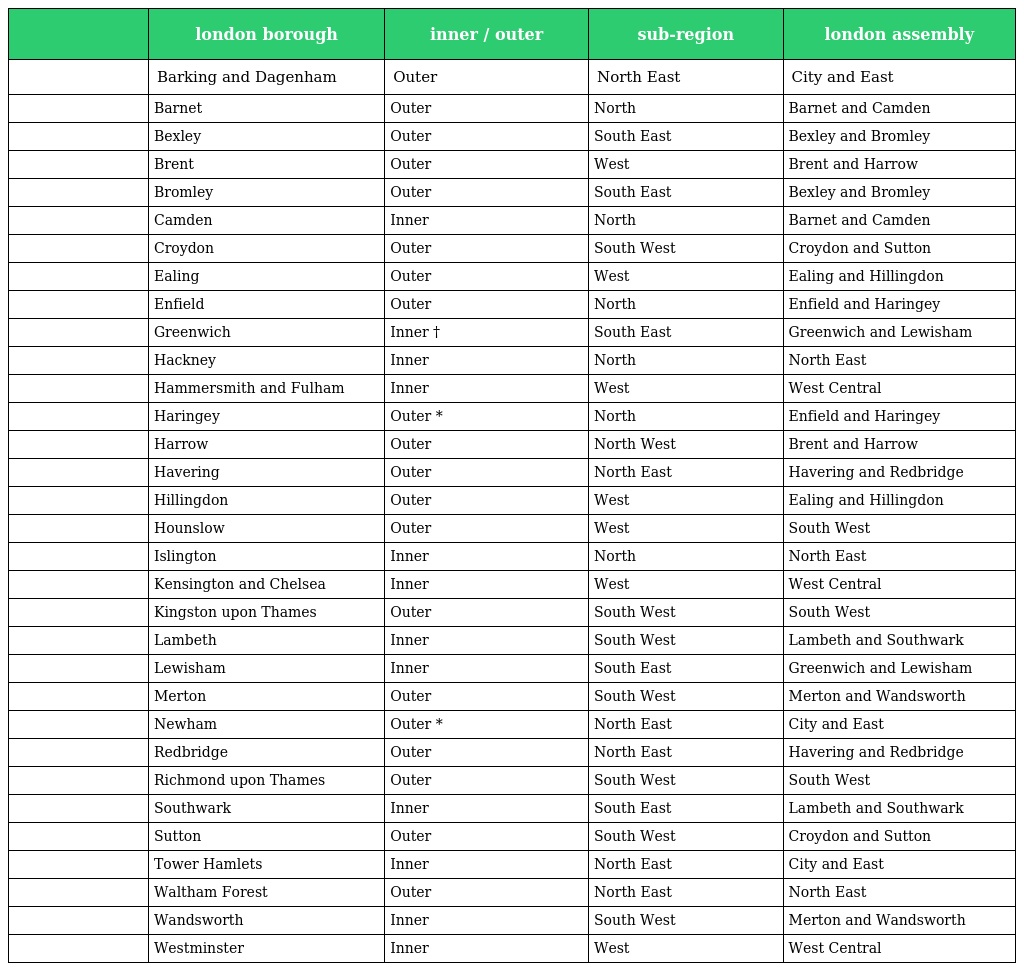
|  | london borough | inner / outer | sub-region | london assembly |
 | --- | --- | --- | --- | --- |
 |  | Barking and Dagenham | Outer | North East | City and East |
 |  | Barnet | Outer | North | Barnet and Camden |
 |  | Bexley | Outer | South East | Bexley and Bromley |
 |  | Brent | Outer | West | Brent and Harrow |
 |  | Bromley | Outer | South East | Bexley and Bromley |
 |  | Camden | Inner | North | Barnet and Camden |
 |  | Croydon | Outer | South West | Croydon and Sutton |
 |  | Ealing | Outer | West | Ealing and Hillingdon |
 |  | Enfield | Outer | North | Enfield and Haringey |
 |  | Greenwich | Inner † | South East | Greenwich and Lewisham |
 |  | Hackney | Inner | North | North East |
 |  | Hammersmith and Fulham | Inner | West | West Central |
 |  | Haringey | Outer * | North | Enfield and Haringey |
 |  | Harrow | Outer | North West | Brent and Harrow |
 |  | Havering | Outer | North East | Havering and Redbridge |
 |  | Hillingdon | Outer | West | Ealing and Hillingdon |
 |  | Hounslow | Outer | West | South West |
 |  | Islington | Inner | North | North East |
 |  | Kensington and Chelsea | Inner | West | West Central |
 |  | Kingston upon Thames | Outer | South West | South West |
 |  | Lambeth | Inner | South West | Lambeth and Southwark |
 |  | Lewisham | Inner | South East | Greenwich and Lewisham |
 |  | Merton | Outer | South West | Merton and Wandsworth |
 |  | Newham | Outer * | North East | City and East |
 |  | Redbridge | Outer | North East | Havering and Redbridge |
 |  | Richmond upon Thames | Outer | South West | South West |
 |  | Southwark | Inner | South East | Lambeth and Southwark |
 |  | Sutton | Outer | South West | Croydon and Sutton |
 |  | Tower Hamlets | Inner | North East | City and East |
 |  | Waltham Forest | Outer | North East | North East |
 |  | Wandsworth | Inner | South West | Merton and Wandsworth |
 |  | Westminster | Inner | West | West Central |